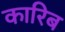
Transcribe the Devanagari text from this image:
कारिब